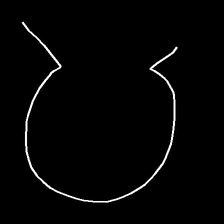
Glyph: weave